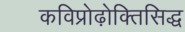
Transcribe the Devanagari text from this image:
कविप्रोढ़ोक्तिसिद्ध